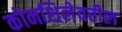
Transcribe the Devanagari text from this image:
कोनशिलेवरील